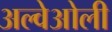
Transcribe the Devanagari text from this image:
अल्वेओली